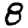
Digit: 8